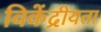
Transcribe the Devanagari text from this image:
विकेंद्रीयता